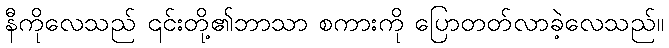
နီကိုလေသည် ၎င်းတို့၏ဘာသာ စကားကို ပြောတတ်လာခဲ့လေသည်။